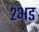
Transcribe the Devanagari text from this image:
२अड